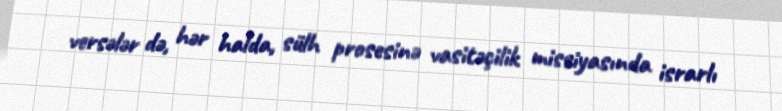
versələr də, hər halda, sülh prosesinə vasitəçilik missiyasında israrlı